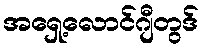
အရှေ့လောင်ဂျီတွဒ်